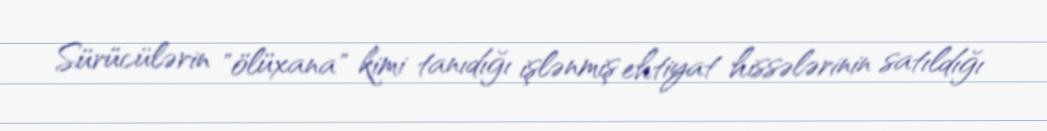
Sürücülərin "ölüxana" kimi tanıdığı işlənmiş ehtiyat hissələrinin satıldığı